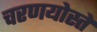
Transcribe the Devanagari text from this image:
चरणयोस्ते